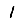
Digit: 1